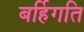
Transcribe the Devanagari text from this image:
बर्हिगति